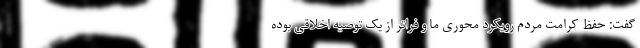
گفت: حفظ کرامت مردم رویکرد محوری ما و فراتر از یک توصیه اخلاقی بوده